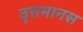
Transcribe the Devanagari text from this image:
वृत्तमानस